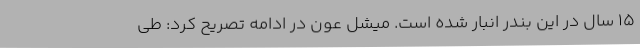
15 سال در این بندر انبار شده است. میشل عون در ادامه تصریح کرد: طی